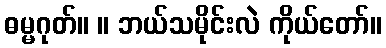
ဓမ္မဂုတ်။ ။ ဘယ်သမိုင်းလဲ ကိုယ်တော်။